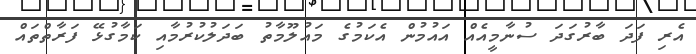
އެރި ފަދަ ބާރުގަދަ ސުނާމީއެއް އައުމުން އެކަމުގެ މައުލޫމާތު ބަދަލުކުރުމާއި ކަމާގުޅޭ ފަރާތްތައް